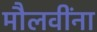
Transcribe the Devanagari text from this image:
मौलवींना